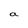
Character: a